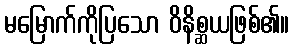
မမြောက်ကိုပြသော ဝိနိစ္ဆယဖြစ်၏။